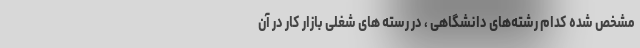
مشخص شده کدام رشته‌های دانشگاهی ، در رسته های شغلی بازار کار در آن